Vital statistics of India. Vol. VI, European troops 1870-79
Year: 1870
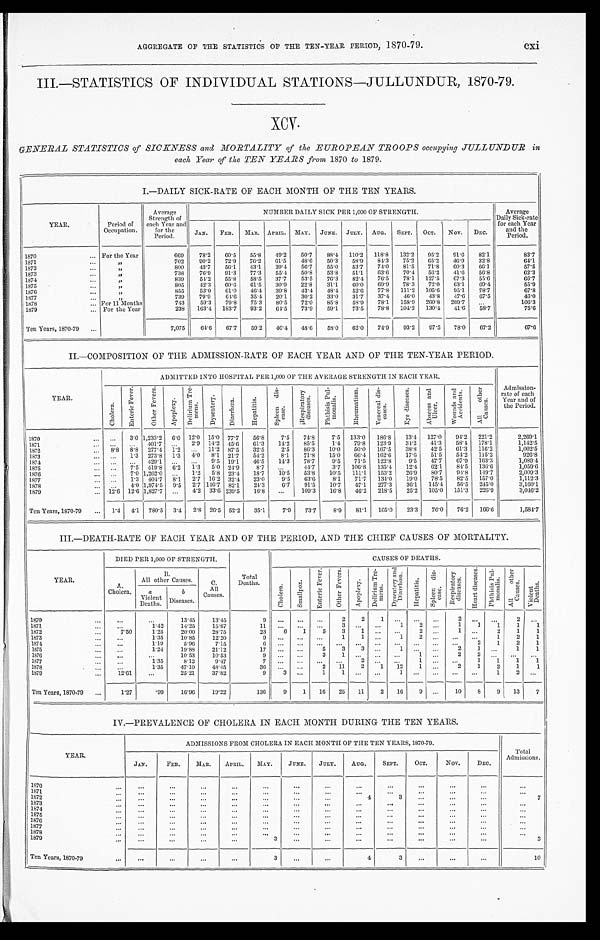
AGGREGATE OF THE STATISTICS OF THE TEN-YEAR PERIOD, 1870-79.
cxi
III.—STATISTICS OF INDIVIDUAL STATIONS—JULLUNDUR, 1870-79.
GENERAL STATISTICS of SICKNESS and MORTALITY of the EUROPEAN TROOPS occupying JULLUNDUR in
each Year of the TEN YEARS from 1870 to 1879.
I.—DAILY SICK-RATE OF EACH MONTH OF THE TEN YEARS.
YEAR.
Period of
Occupation.
Average
Strength of
each Year and
for the
Period.
NUMBER DAILY SICK PER 1,000 OF STRENGTH.
Average
Daily Sick-rate
for each Year
and the
Period.
JAN. FEB. MAR. APRIL. MAY. JUNE. JULY. AUG. SEPT. OCT. NOV. DEC.
1870
For the Year
669 78.2 60.5 55.8 49.2 50.7 88.4 110.2 118.8 132.2 95.2 91.6 82.1
83.7
1871
"
702 90.2 72.9 76.2 61.5 48.6 50.3 58.9 84.3 75.2 65.2 46.9 32.8
64.1
1872
„
800 43.7 56.1 43.1 39.4 56.7 55.0 53.7 74.0 81.5 71.8 60.3 66.1.
57.5
1873
"
738 76.9 91.3 77.3 55.4 50.8 53.8 51.1 63.6 70. 4 56.2 41.6 56.8
62.3
1874
"
839 54.2 55.8 58.5 37.7 53.5 76.3 82.4 76.5 78.1 127.5 67.3 55.6
6 6 . 7
1875
"
805 42.3 60.6 61.5 30.9 22.8 31.1 60.0 69.9 78.3 72.0 63.1 69.4
5 5 . 9
1876
"
855 53.0 61.0 46.4 39.8 43.4 48.4 52.6 77.8 111.2 105.6 95.1 78.7
67.8
1877
,,
739 79.9 64.6 35.4 20.1 30.2 33.0 31.7 37.4 46.0 43.8 47.6 67.5
4 6 . 0
1878
For 11 Months
743 59.3 70.8 75.3 80.5 72.0 85.8 58.9 78.1 158. 9 260.8 26 9.7
1 0 6 . 3
1879
For the Year
238 163.4 183.7 93.2 64.5 73.9 59.1 73.5 78.8 104.2 130.4 41.6 58.7
75.6
Ten Years, 1870-79
7,075 64.6 67.7 59.2 46.4 48.6 58.0 62.0 74.9 93.2 97.5 78.0 67.2
67.6
II.—COMPOSITION OF THE ADMISSION-RATE OF EACH YEAR AND OF THE TEN-YEAR PERIOD.
YEAR .
ADMITTED INTO HOSPITAL PER 1,000 OF THE AVERAGE STRENGTH IN EACH YEAR.
Admission
rate of each
Year and of
the Period.
C h o l e r a .
E n t e r i c F e v e r .
O t h e r F e v e r s .
A p o p l e x y .
D e l i r i u m T r e -
m e n s .
D y s e n t e r y .
D i a r r h œ a .
H e p a t i t i s .
S p l e e n D i s e a s e .
R e s p i r a t o r y
d i s e a s e s .
P h t h i s i s P u l -
mona l i s .
R h e u m a t i s m .
V e n e r e a l d i s -
e a s e s .
E y e d i s e a s e s . A b s c e s s a n d
U l c e r .
W o u n d s a n d
A c c i d e n t s .
A l l o t h e r
Ca u s e s .
1870
3.0
1 , 2 3 3 . 2 6.0
1 2 . 0
15.0 77.7 56.8 7.5 74.8
7.5 133.4 186.8 13.4 127.0 94.2 221.2
2,269.1
1871
401.7
2.9 14.2 45.6 61.3 14.2 85.5
1.4 79.8 123.9 34.2 41.3 58.4 178.1
1,142.5
1872
8.8 8.8 277.4 1.2
11.2 87.5 32.5 2.5 86.3 10.0 50.0 167.5 38.8
42. 5 61.3 116.2
1, 002. 5
1 8 7 3
1.3 273.8 1.3 4.0 8.1 21.7 54.2 8.1 71.8 15.0
6 6 . 4 162.6 17.6 51.5 54.2 115.2
9 2 6 . 8
1874
429.1
9.5 19.1 46.5 14.3 78.7
9.5 71.5 122.8 9.5 47.7 67.9 163.3
1, 089. 4
1875
7.5 419.8 6.2 1.3 5.0 24.9 8.7
44.7
3.7 106.8 135.4 12.4 62.1 84.5 136.6
1, 059. 6
1876
7.0
1 , 2 6 2 . 0
1 . 2 5.8 23.4 18.7 10.5 53.8 10.5 111.1 153.2 26.9 80.7 94.8 149.7
2, 009. 3
1877
1.3 404.7 8.1 2.7 16.2 32.4 23.0 9.5 63.6
8.1 71.7 134.0 19.0 78.5 82.5 157.0
1, 112. 3
1878
4.0 1,974.5 9.5 2.7 146.7 82.1 24.3 6.7 91.5 10.7 47.1 277.3 36.1 145.4 56.5 245.0
3,160.1
1879
12.6 12.6 1,827.7
4.2 33.6 239.5 16.8
109.3 16.8 46.2 218.5 25.2 105.0 151.3 226.9
3, 046. 2
Ten Years, 1870-79
1.4 4.1 780.5 3.4 2.8 26.5 52.2 35.1
7.9 73.7 8.9 81.1 165.0 23.3 76.0 76.2 166.6
1, 584. 7
III.—DEATH-RATE OF EACH YEAR AND OF THE PERIOD, AND THE CHIEF CAUSES OF MORTALITY.
YEAR.
DIED PER 1,000 OF STRENGTH.
Total
Deaths.
CAUSES OF DEATHS.
A.
Cholera.
B.
All other Causes.
C.
All
Causes.
C h o l e r a .
S m a l l p o x .
E n t e r i c F e v e r .
O t h e r F e v e r s .
A p o p l e x y . D e l e r i u m T r e -
mens .
D y s e n t e r y a n d
D i a r r h œ a .
H e p a t i t i s .
S p l e e n d i s -
e a s e .
R e s p i r a t o r y
d i s e a s e s . H e a r t D i s e a s e s . P h t h i s i s P u l -
m o n a l i s .
A l l o t h e r
C a u s e s .
V i o l e n t
D e a t h s .
a
Violent
Deaths.
b
Diseases.
1870
13.45 13.45
9
2 2 1
2
2
1871
1.42 14.25 15.67
1 1
3
1 2
1 1 1 1 1
1872
7.50
1.25
20.00 28.75
23
6 1 5 3
1
2
1
2 1 1
1873
1.35
10.85 12. 20
9
1 1
1 2
1 2 1
1874
1.19
5.96
7.15
6
2 1 2 1
1875
1.24
19.88 21.12
17
5 3 3
1
2 1
1 1
1876
10.53
10. 53
9
3 1
1
2
2
1877
1.35
8.12
9. 47
7
2
1
1 1 1 1
1878
1.35
47.10 48.45
36
2 11 2 1 12 1
2 1 2 1
1
1879
12.61
25.21 37.82
9
3
1
1
1
1 2
Ten Years, 1870-79
1.27
.99 16.96 19.22
136
9 1 16 25 11 2 16 9
10 8 9 13 7
IV.—PREVALENCE OF CHOLERA IN EACH MONTH DURING THE TEN YEARS.
YEAR
ADMISSIONS FROM CHOLERA IN EACH MONTH OF THE TEN YEARS, 1870-79.
Total
Admissions.
JAN.
FEB. MAR. APRIL. MAY. JUNE. JULY.
AUG. SEPT.
O C T .
NOV. DEC.
1870
1871 1872
4
3
7
1873
1874 1875
1 8 7 6 1877
1878 1879
3
3
Ten Years, 1870-79.
3
4
3
1 0